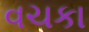
વચકા